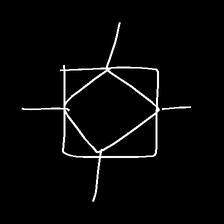
Glyph: light